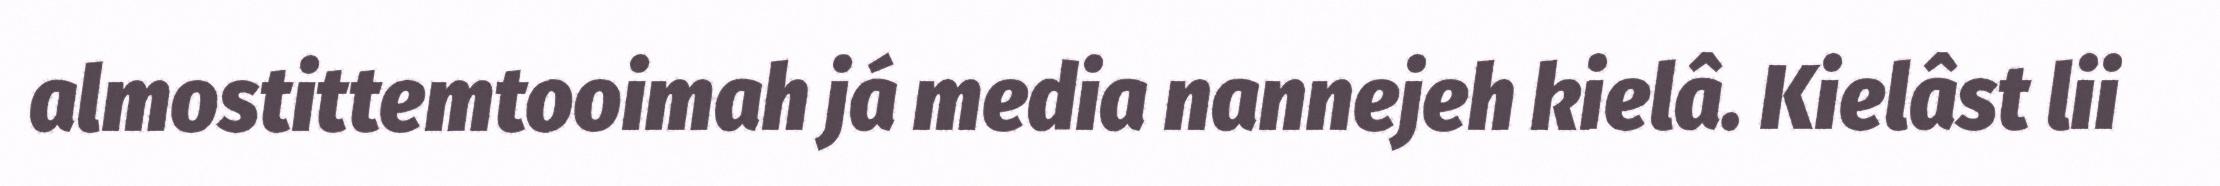
almostittemtooimah já media nannejeh kielâ. Kielâst lii